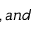
, a n d